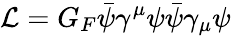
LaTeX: {\cal L}=G_{F}\bar{\psi}\gamma^{\mu}\psi\bar{\psi}\gamma_{\mu}\psi